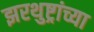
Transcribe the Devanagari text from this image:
झरथुष्ट्रांच्या